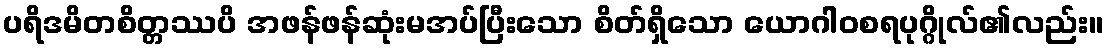
ပရိဒမိတစိတ္တဿပိ အဖန်ဖန်ဆုံးမအပ်ပြီးသော စိတ်ရှိသော ယောဂါဝစရပုဂ္ဂိုလ်၏လည်း။